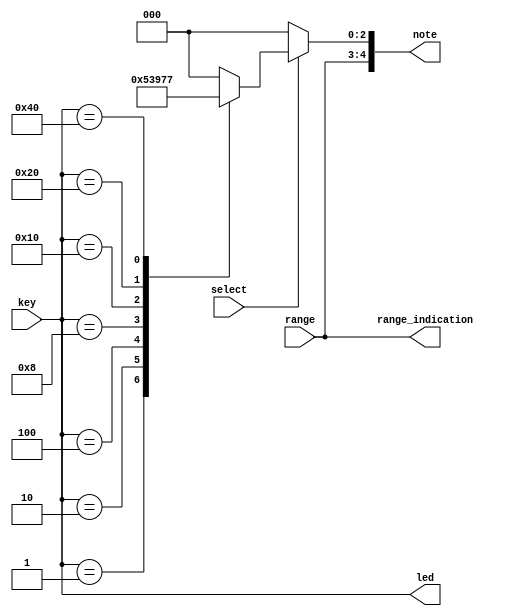
`timescale 1ns / 1ps
//////////////////////////////////////////////////////////////////////////////////
// Company: 
// Engineer: 
// 
// Design Name: 
// Module Name: free_mode
// Project Name: 
// Target Devices: 
// Tool Versions: 
// Description: 
// 
// Dependencies: 
// 
// Revision:
// Revision 0.01 - File Created
// Additional Comments:
// 
//////////////////////////////////////////////////////////////////////////////////


module free_mode(
    input select,
    input [7:0] key,
    input [1:0] range,
    output reg [4:0] note,
    output [1:0] range_indication,
    output [7:0] led);
    
    assign led = key;
    assign range_indication = range;
    always @* begin
        note[4:3] = range;
        if (select) begin
            case (key)
                8'h1: note[2:0] = 3'h1;
                8'h2: note[2:0] = 3'h2;
                8'h4: note[2:0] = 3'h3;
                8'h8: note[2:0] = 3'h4;
                8'h10: note[2:0] = 3'h5;
                8'h20: note[2:0] = 3'h6;
                8'h40: note[2:0] = 3'h7;
                default: note[2:0] = 3'h0;
            endcase
        end
        else begin
            note[2:0] = 3'h0;
        end
    end    
    
endmodule